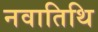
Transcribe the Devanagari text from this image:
नवातिथि